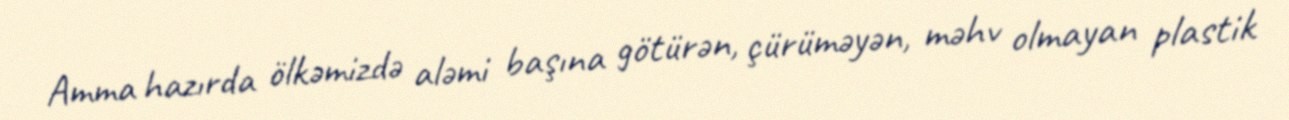
Amma hazırda ölkəmizdə aləmi başına götürən, çürüməyən, məhv olmayan plastik